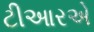
ટીઆરએ